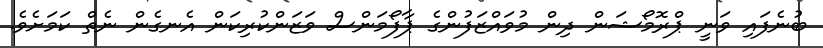
ބުނެފައި ވަނީ ޕްރޮމޯޝަން ދިން މުވައްޒަފުންގެ ޕާފޯމަންސް ވަޒަންކުރިކަން އެނގެން ނެތް ކަމަށެވެ.